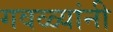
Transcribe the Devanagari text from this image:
गवळ्यांनी